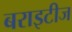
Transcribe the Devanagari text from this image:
बराइटीज